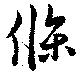
條